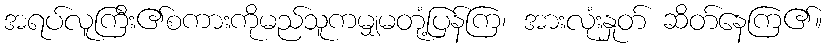
အရပ်လူကြီး၏စကားကိုမည်သူကမျှမတုံ့ပြန်ကြ၊ အားလုံးနှုတ် ဆိတ်နေကြ၏။